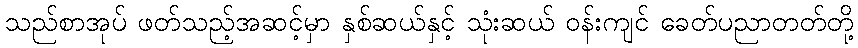
သည်စာအုပ် ဖတ်သည့်အဆင့်မှာ နှစ်ဆယ်နှင့် သုံးဆယ် ဝန်းကျင် ခေတ်ပညာတတ်တို့